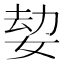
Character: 𡝔